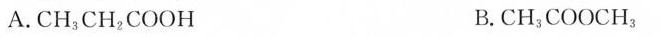
A.CH_{3}CH_{2}COOH B.CH_{3}COOCH_{3}